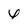
Character: l